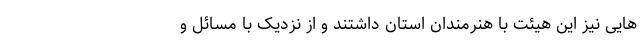
هایی نیز این هیئت با هنرمندان استان داشتند و از نزدیک با مسائل و